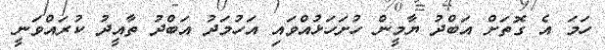
ހަމަ އެ ގޮތަށް އަބްދު ޔާމީން ހުށަހަޅުއްވައި އަހުމަދު އަބްދު ތާއީދު ކުރައްވަނީ